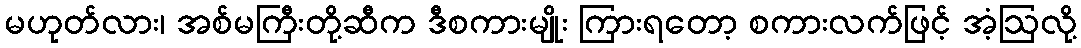
မဟုတ်လား၊ အစ်မကြီးတို့ဆီက ဒီစကားမျိုး ကြားရတော့ စကားလက်ဖြင့် အံ့ဩလို့